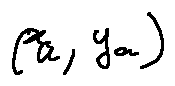
( x _ { a } , y _ { a } )